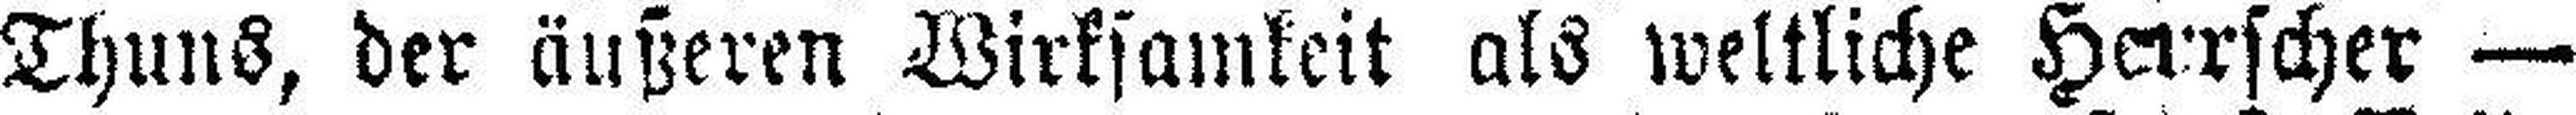
Thuns, der äußeren Wirksamkeit als weltliche Herrscher —